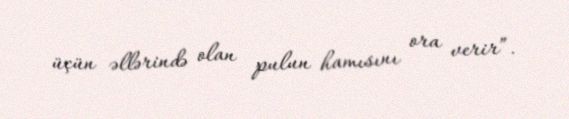
üçün əllərində olan pulun hamısını ora verir”.